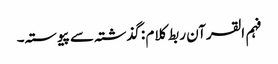
فہم القرآن ربط کلام : گذشتہ سے پیوستہ۔